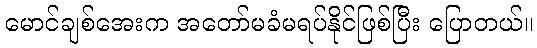
မောင်ချစ်အေးက အတော်မခံမရပ်နိုင်ဖြစ်ပြီး ပြောတယ်။